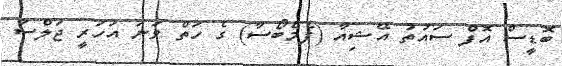
ބޮޑީސް އޮފް ސައުތު އޭޝިއާ (ފެމްބޯސާ) ގެ ހަތް ވަނަ އަހަރީ ޖަލްސާ